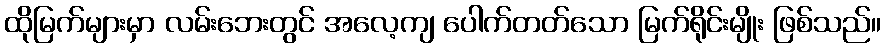
ထိုမြက်များမှာ လမ်းဘေးတွင် အလေ့ကျ ပေါက်တတ်သော မြက်ရိုင်းမျိုး ဖြစ်သည်။